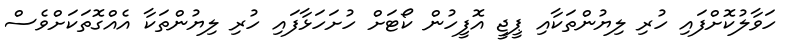
ހަވާލުކޮށްފައި ހުރި ލިޔުންތަކާއި ޕީޖީ އޮފީހުން ކޯޓަށް ހުށަހަޅާފައި ހުރި ލިޔުންތަކާ އެއްގޮތަކަށްވެސް